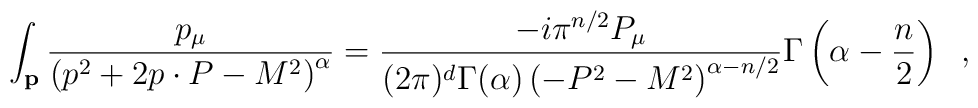
\int_{{\bf p}}\frac{p_{\mu}}{\left(p^{2}+2p\cdot P-M^{2}\right)^{\alpha}}=\frac{-i\pi^{n/2}P_{\mu}}{(2\pi)^{d}\Gamma(\alpha)\left(-P^{2}-M^{2}\right)^{\alpha-n/2}}\Gamma\left(\alpha-\frac{n}{2}\right) \;\;,